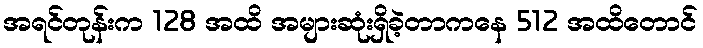
အရင်တုန်းက 128 အထိ အများဆုံးရှိခဲ့တာကနေ 512 အထိတောင်